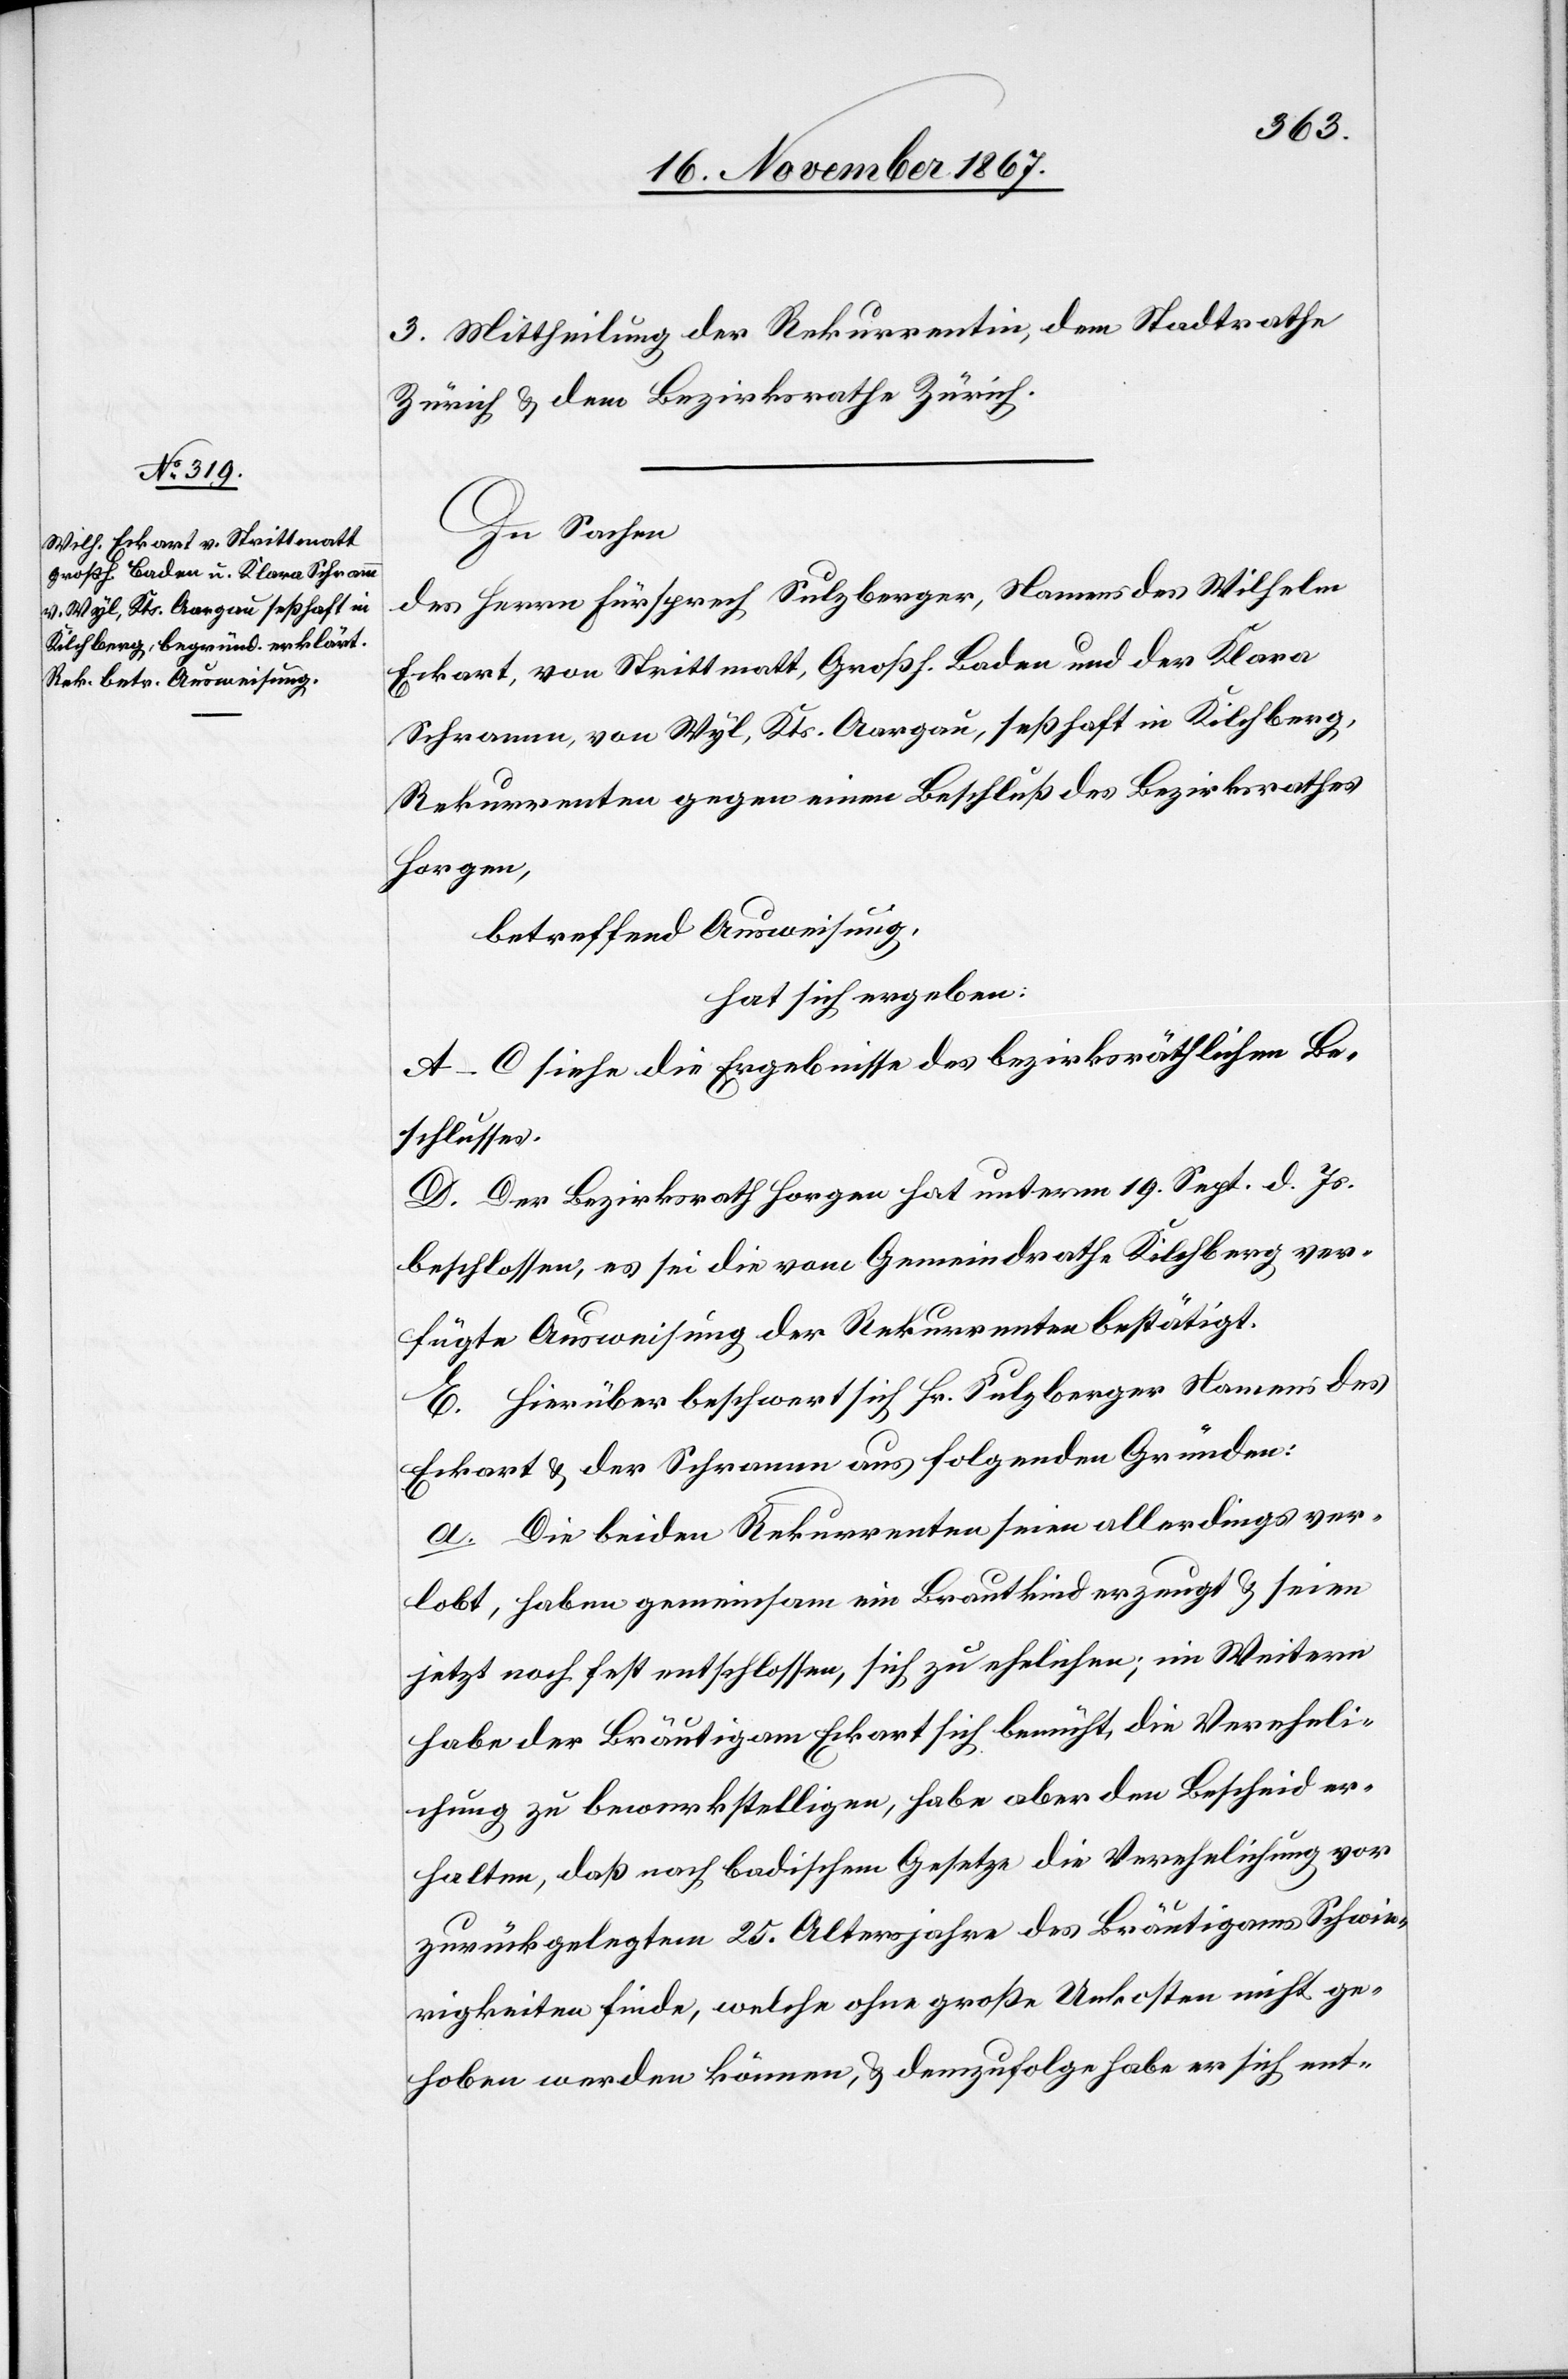
3. Mittheilung der Rekurrentin, dem Stadtrathe
Zürich u. dem Bezirksrathe Zürich.
In Sachen
des Herrn Fürsprech Sulzberger, Namens des Wilhelm
Eckart, von Strittmatt, Großh. Baden und der Klara
Schramm, von Wyl, Kts. Aargau, seßhaft in Kilchberg,
Rekurrenten gegen einen Beschluß des Bezirksrathes
Horgen,
betreffend Ausweisung,
hat sich ergeben:
A–C siehe die Ergebnisse des bezirksräthlichen Be¬
schlusses.
D. Der Bezirksrath Horgen hat unterm 19. Sept. d. Js.
beschlossen: es sei die vom Gemeindrath Kilchberg ver¬
fügte Ausweisung der Rekurrenten bestätigt.
E. Hierüber beschwert sich Hr. Sulzberger Namens des
Eckart u. der Schramm aus folgenden Gründen:
a. Die beiden Rekurrenten seien allerdings ver¬
lobt, haben gemeinsam ein Brautkind erzeugt u. seien
jetzt noch fest entschlossen, sich zu ehelichen; im Weitern
habe der Bräutigam Eckart sich bemüht, die Vereheli¬
chung zu bewerkstelligen, habe aber den Bescheid er¬
halten, daß nach badischem Gesetze die Verehelichung vor
zurückgelegtem 25. Altersjahre des Bräutigams Schwie¬
rigkeiten finde, welche ohne große Unkosten nicht ge¬
hoben werden können, u. demzufolge habe er sich ent-